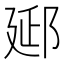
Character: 郔